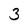
Character: 3